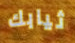
ثيابك